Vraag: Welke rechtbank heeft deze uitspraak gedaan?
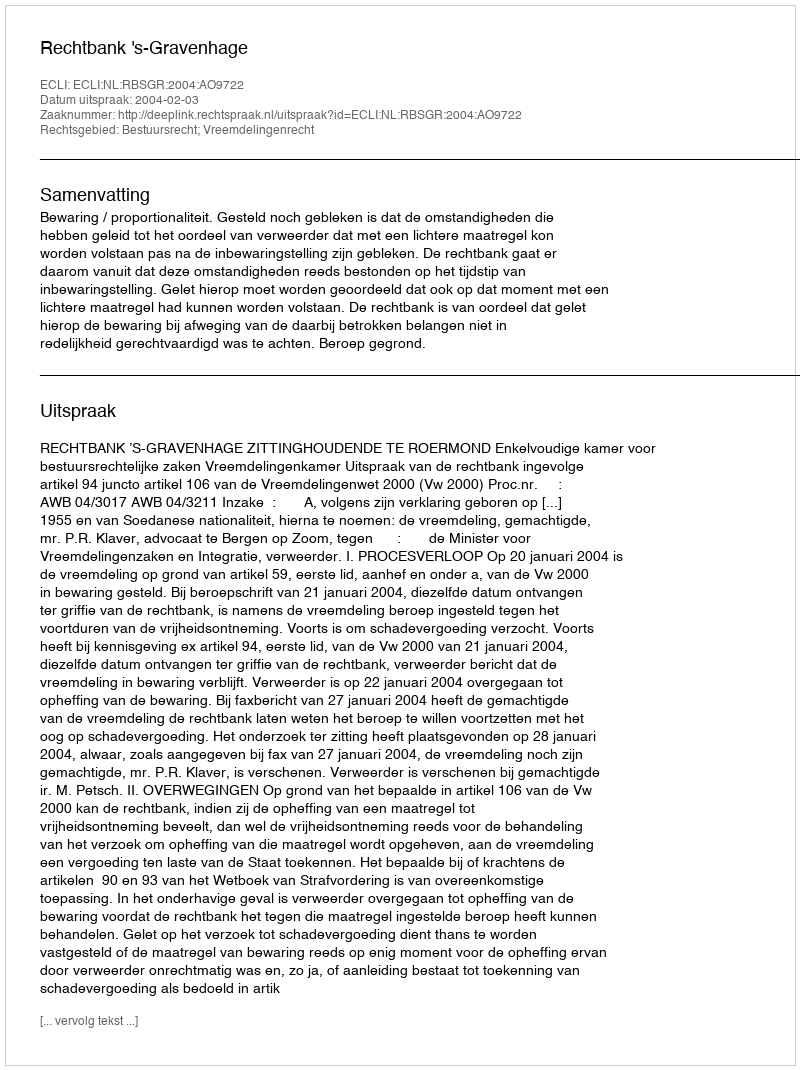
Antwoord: Rechtbank 's-Gravenhage